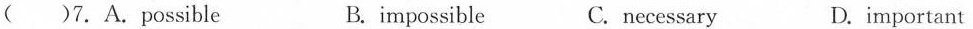
( )7.A.Possible B.impossible C. necessary D.important